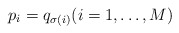
\begin{align*} p_i = q_{\sigma(i)} (i=1,\dots,M)\end{align*}